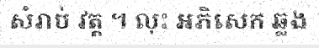
សំរាប់ វត្ត ។ លុះ អភិសេក ឆ្លង